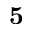
\mathbf { 5 }